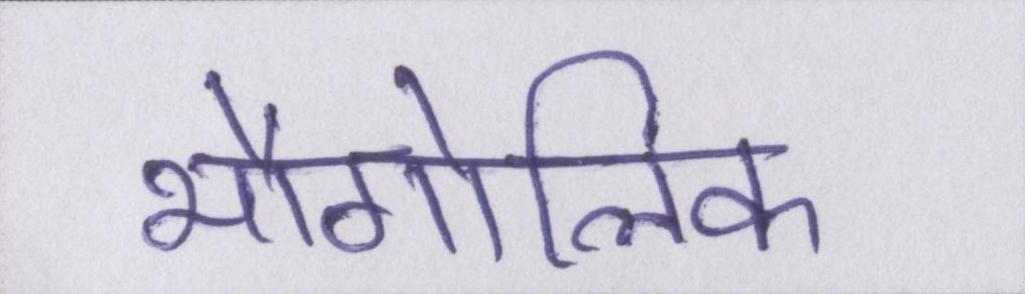
भौगोलिक